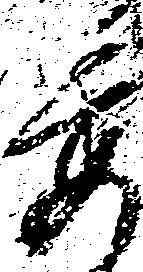
委